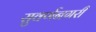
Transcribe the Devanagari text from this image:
सुवर्णनगरी